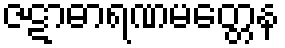
ဇဋာဓာရဏမတ္တေန